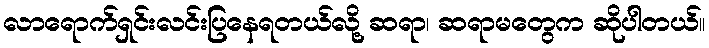
လာရောက်ရှင်းလင်းပြနေရတယ်လို့ ဆရာ၊ ဆရာမတွေက ဆိုပါတယ်။